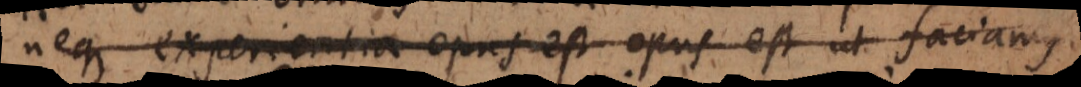
neque experientia opus est opus est ut faciamus